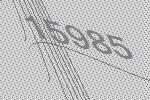
15985